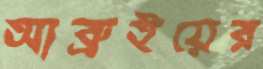
আব্রুইয়ের